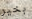
بخير